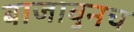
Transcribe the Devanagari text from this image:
बाजावुनच